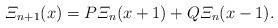
LaTeX: \begin{align*}\varXi_{n+1}(x) = P\varXi_n(x+1) + Q\varXi_n(x-1). \end{align*}